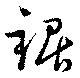
鋸